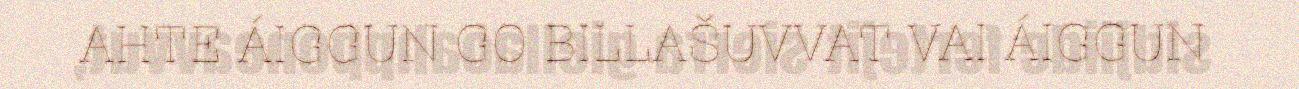
AHTE ÁIGGUN GO BILLAŠUVVAT VAI ÁIGGUN